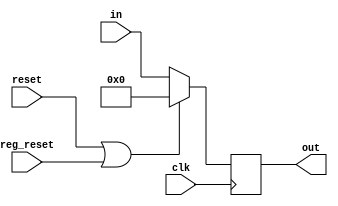
module out_reg (clk, reset, reg_reset ,in, out);

input clk,reset,reg_reset;
input [31:0] in;
output reg [31:0] out;
assign rst = reset | reg_reset;

always @(posedge clk)
begin

if (rst)
out <= 32'b0;
else
out [31:0] <= in [31:0];
end

endmodule